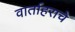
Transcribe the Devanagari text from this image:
वार्ताहराचे